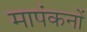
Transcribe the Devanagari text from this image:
मापंकनों